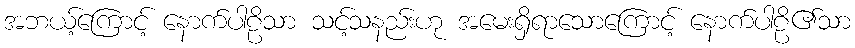
အဘယ့်ကြောင့် နောက်ပါဠိသာ သင့်သနည်းဟု အမေးရှိရာသောကြောင့် နောက်ပါဠိ၏သာ